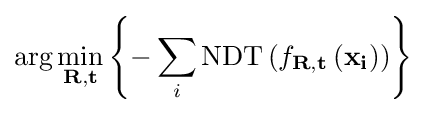
\arg \min _{\mathbf {R} ,\mathbf {t} }\left\{-\sum _{i}\operatorname {NDT} \left(f_{\mathbf {R} ,\mathbf {t} }\left(\mathbf {x_{i}} \right)\right)\right\}